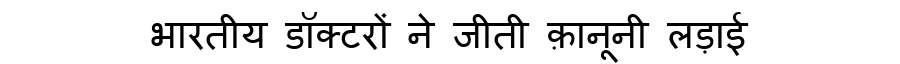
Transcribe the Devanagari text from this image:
भारतीय डॉक्टरों ने जीती क़ानूनी लड़ाई